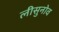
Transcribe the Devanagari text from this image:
लीसुनोव